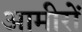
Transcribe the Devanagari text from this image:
आमीरों